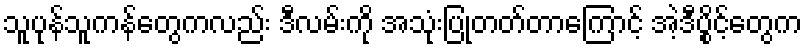
သူပုန်သူကန်တွေကလည်း ဒီလမ်းကို အသုံးပြုတတ်တာကြောင့် အဲ့ဒီပွိုင့်တွေက